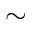
\sim